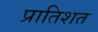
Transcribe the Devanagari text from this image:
प्रातिशत